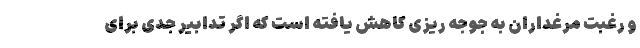
و رغبت مرغداران به جوجه ریزی کاهش یافته است که اگر تدابیر جدی برای